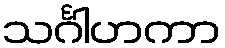
သင်္ဂါဟကာ